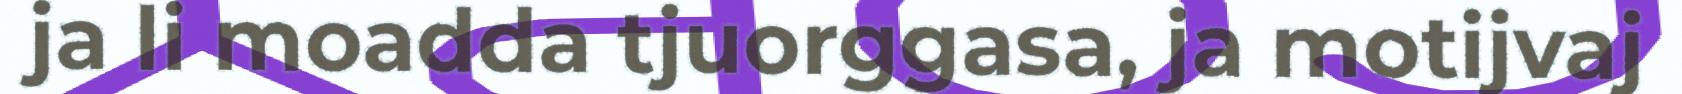
ja li moadda tjuorggasa, ja motijvaj